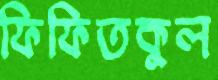
ফিফিতকুল